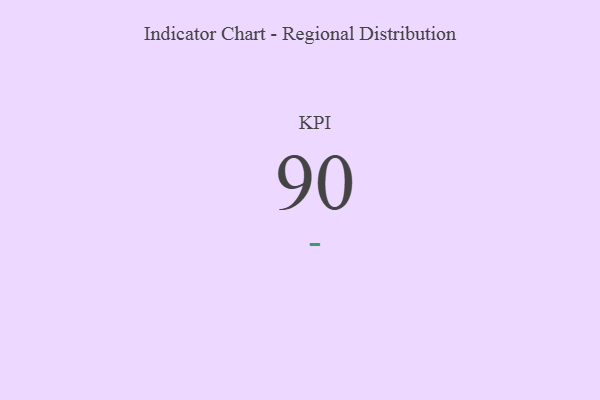
{"axis": {"x": "KPI", "y": "Value"}, "legend": [""], "data": [{"x": "KPI", "y": 90, "type": ""}]}